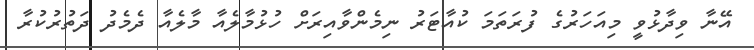
އޭނާ ވިދާޅުވީ މިއަހަރުގެ ފުރަތަމަ ކުއާޓަރު ނިމެންވާއިރަށް ހުޅުމާލެއާ މާލެއާ ދެމެދު ދަތުރުކުރާ